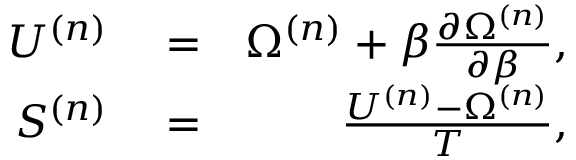
\begin{array} { r l r } { U ^ { ( n ) } } & { { } = } & { \Omega ^ { ( n ) } + \beta \frac { \partial \Omega ^ { ( n ) } } { \partial \beta } , } \\ { S ^ { ( n ) } } & { { } = } & { \frac { U ^ { ( n ) } - \Omega ^ { ( n ) } } { T } , } \end{array}